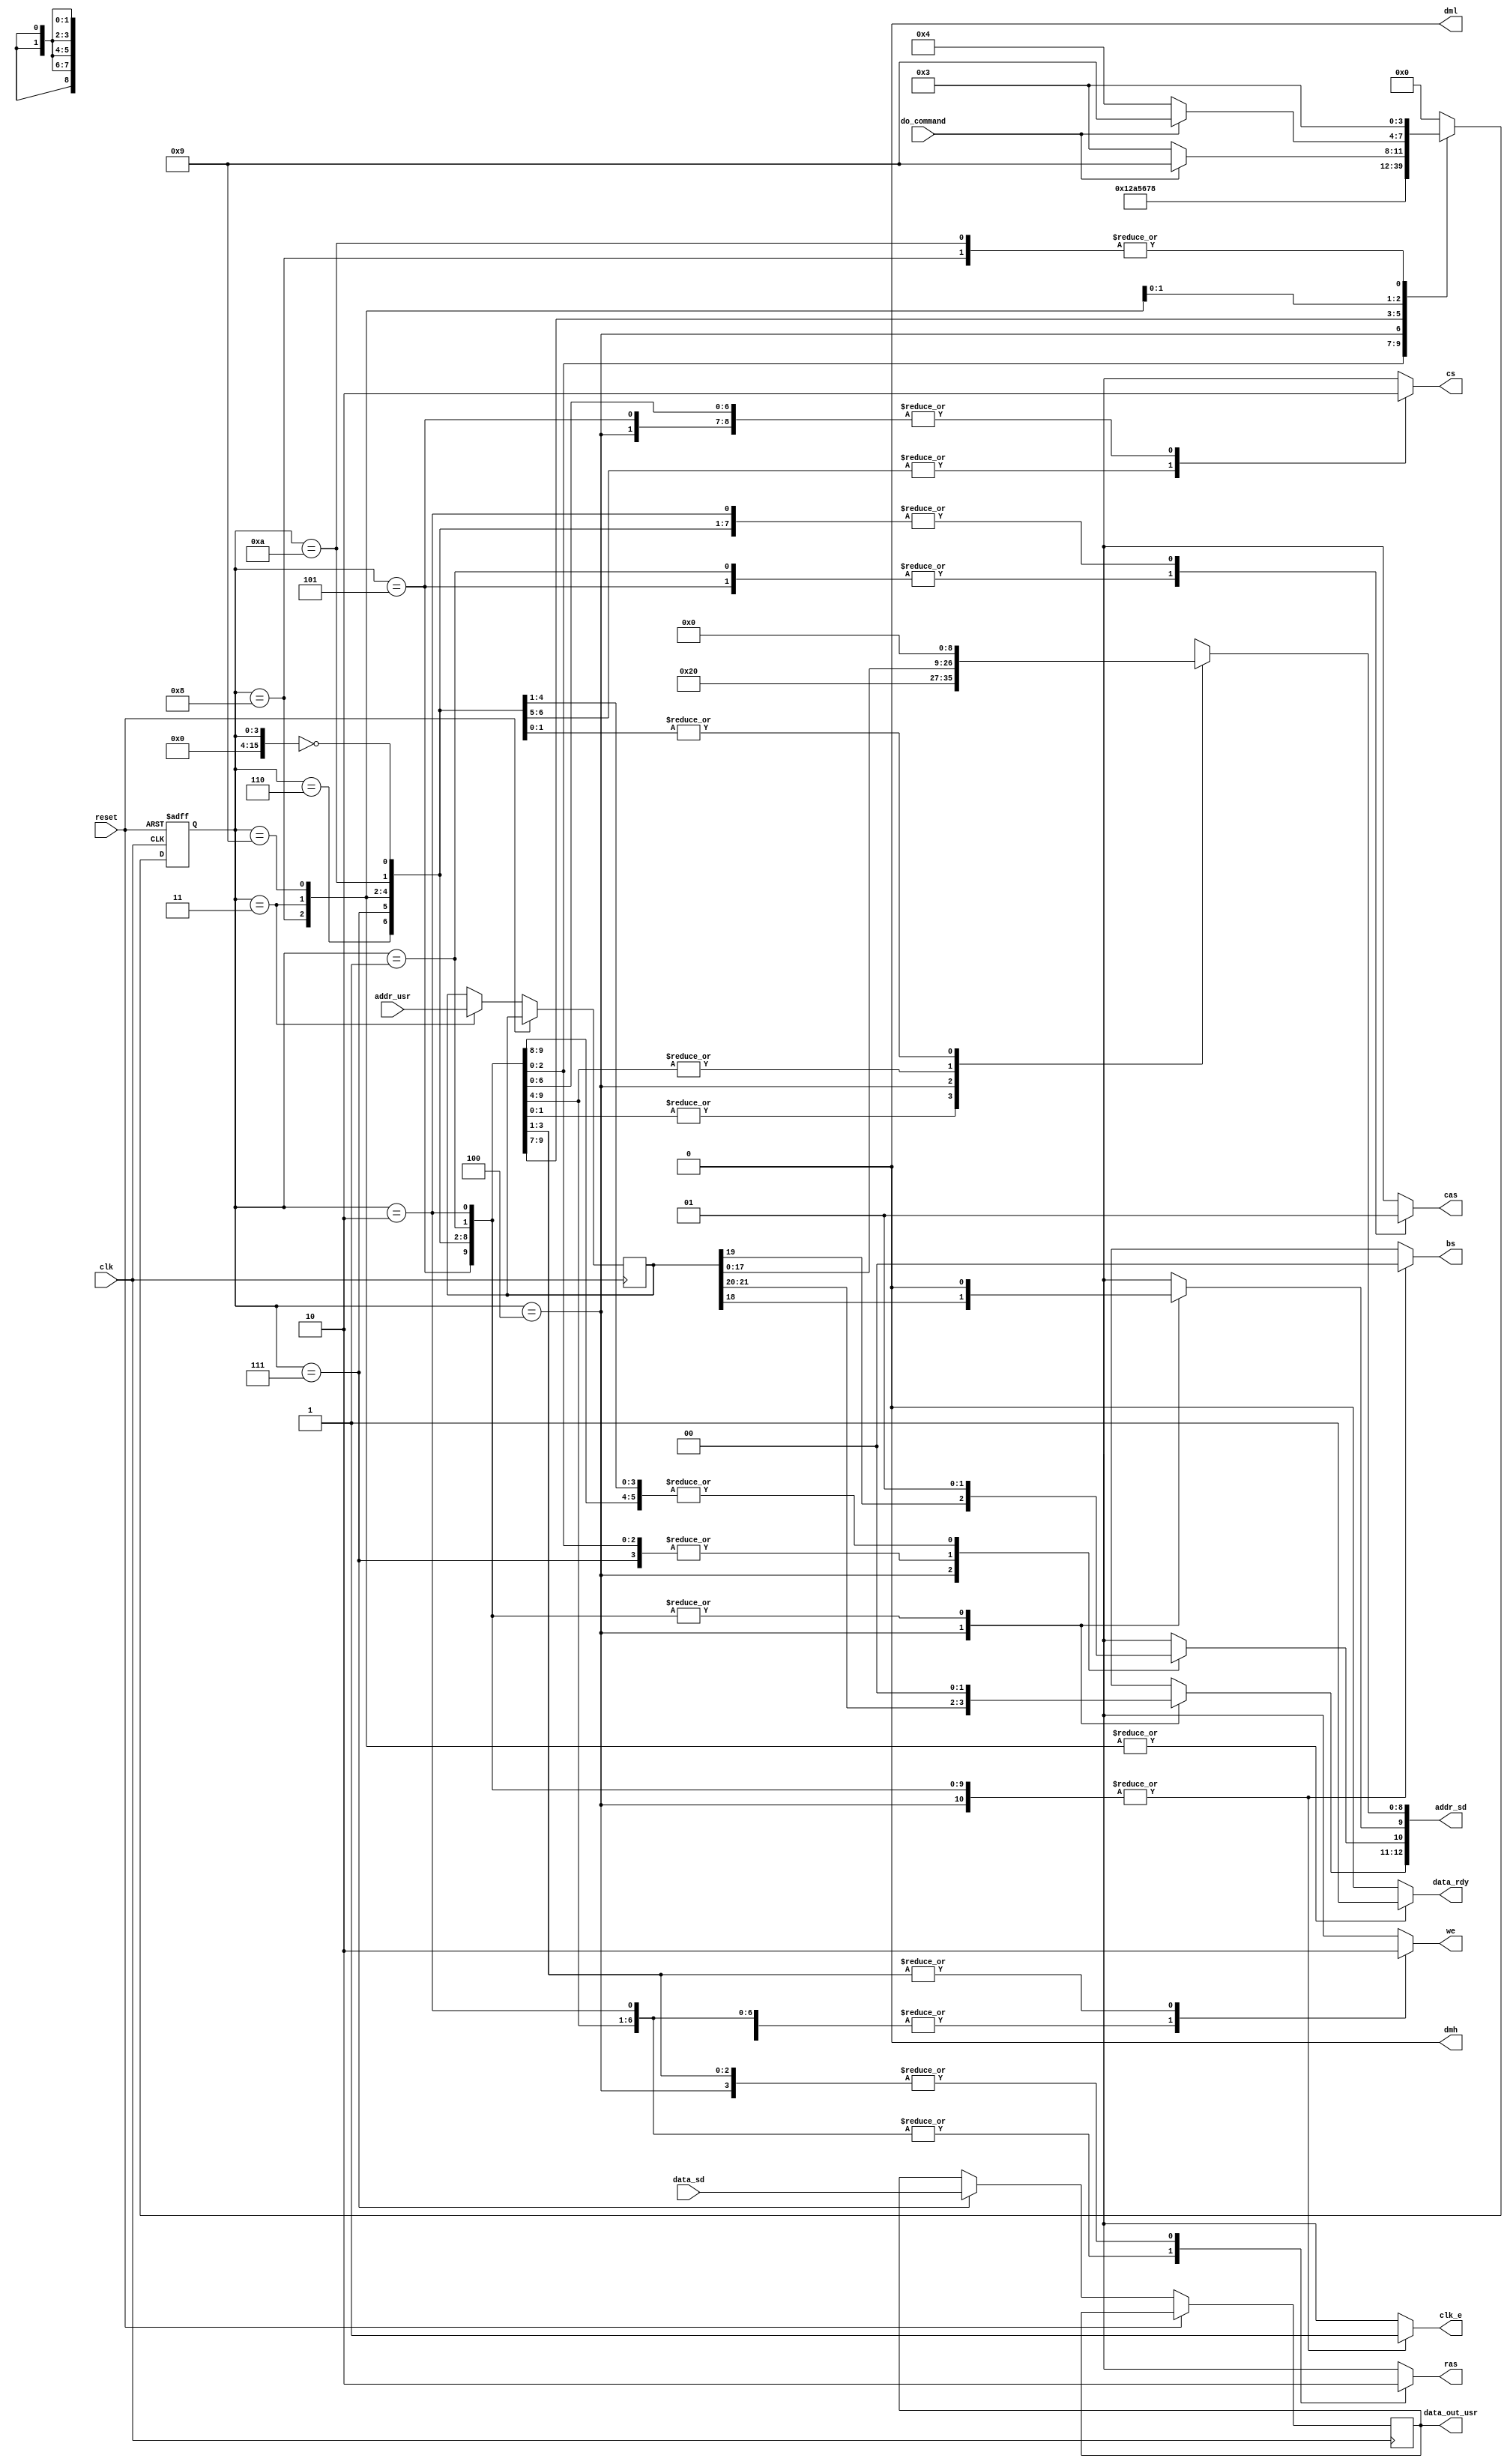
`timescale 1ns / 1ps
//////////////////////////////////////////////////////////////////////////////////
// Company: 
// Engineer: 
// 
// Design Name: 
// Module Name:    sdram_controller 
// Project Name: 
// Target Devices: 
// Tool versions: 
// Description: 
//
// Dependencies: 
//
// Revision: 
// Revision 0.01 - File Created
// Additional Comments: 
//
//////////////////////////////////////////////////////////////////////////////////
module sdram_controller(
		input clk, reset,
		output reg clk_e,
		output reg cs, ras, cas, we,
		output dml, dmh,
		output reg [1:0] bs,
		output reg [12:0] addr_sd,
		input [15:0] data_sd,
		
		input [21:0] addr_usr,
		output reg [15:0] data_out_usr,
		output reg data_rdy,
		input do_command
    );
	assign dml = 0;
	assign dmh = 0;
	 
	parameter RESET=0;
	parameter SET_MODEREG_1 = 1;
	parameter SET_MODEREG_2 = 2;
	parameter IDLE = 3;
	parameter ACTIVATE = 4;
	parameter READ_AUTO_PC_1 = 5;
	parameter READ_AUTO_PC_2 = 6;
	parameter READ_AUTO_PC_3 = 7;
	parameter AUTO_PRECHARGE = 8;
	parameter IDLE2 = 9;
	parameter PRECHARGE = 10;

	 
	 reg [15:0] state;
	 	 reg [21:0] addr_latch;
		 
	initial begin 
		state <= RESET;
		addr_latch <= 0;
		data_out_usr <= 0;
	end

	 always @ (posedge clk or posedge reset) begin
	 
		if (reset) begin
			state <= RESET;
		end else begin
			case(state)
				RESET: state <= SET_MODEREG_1;
				SET_MODEREG_1: state <= SET_MODEREG_2;
				SET_MODEREG_2: state <= PRECHARGE;
				ACTIVATE: begin 
					state <= READ_AUTO_PC_1;
				end
				READ_AUTO_PC_1: state <= READ_AUTO_PC_2; 
				READ_AUTO_PC_2: state <= READ_AUTO_PC_3; 
				READ_AUTO_PC_3: begin 
					state <= AUTO_PRECHARGE;
					data_out_usr <= data_sd;
				end//data is ready
				AUTO_PRECHARGE: state <= IDLE; //precharging
				IDLE: begin 
					state <= do_command ? IDLE2: IDLE; // start again
					addr_latch <= addr_usr;
				end
				IDLE2: state <= do_command ? IDLE2: ACTIVATE; // start again
				
				PRECHARGE: state <= IDLE;
				
			default: state <= RESET;
			endcase
		end
	 end
	 
	 
	 always @ (state or addr_latch) begin
		case (state)
			RESET:
				begin
					cs <= 0;
					ras <= 0;
					cas <= 1;
					we <= 0;
					addr_sd[10] <= 0;
					addr_sd[9:0] <= 0;
					addr_sd[12:11] <= 0;
					bs <= 2'b0;
					clk_e <= 1;
					data_rdy <= 0;
				end
			SET_MODEREG_1: 
				begin
					cs <= 0;
					ras <= 0;
					cas <= 0;
					we <= 0;
					addr_sd <= {3'b0, 1'b0, 1'b0, 1'b0, 3'b010, 1'b0, 3'b0}; //cas latency = 2
					bs <= 2'b0;
					clk_e <= 1;
					data_rdy <= 0;
				end
			SET_MODEREG_2: 
				begin
					cs <= 0;
					// don't care about below things, just leave them as is because lazy
					ras <= 1;
					cas <= 1;
					we <= 1;
					addr_sd <= {3'b0, 1'b0, 1'b0, 1'b0, 3'b010, 1'b0, 3'b0}; //cas latency = 2
					bs <= 2'b0;
					clk_e <= 1;
					data_rdy <= 0;
				end
			ACTIVATE:
				begin
					cs <= 0;
					ras <= 0;
					cas <= 1;
					we <= 1;
					addr_sd[12:0] <= addr_latch[21:9];
					addr_latch <= addr_latch;
					bs <= 2'b0;
					clk_e <= 1;
					data_rdy <= 0;
				end
			READ_AUTO_PC_1:
				begin
					cs <= 0;
					ras <= 1;
					cas <= 0;
					we <= 1;
					addr_sd[8:0] <= addr_latch[8:0];
					addr_sd[10] <= 1;
					addr_sd[9] <= 0;
					addr_sd[12:11] <= 0;
					bs <= 2'b0;
					clk_e <= 1;
					data_rdy <= 0;
				end
			READ_AUTO_PC_2:
				begin
					cs <= 1;
					ras <= 1;
					cas <= 1;
					we <= 1;
					addr_sd[8:0] <= addr_latch[8:0];
					addr_sd[10] <= 1;
					addr_sd[9] <= 0;
					addr_sd[12:11] <= 0;
					bs <= 2'b0;
					clk_e <= 1;
					data_rdy <= 0;
				end
			READ_AUTO_PC_3:
				begin
					cs <= 1;
					ras <= 1;
					cas <= 1;
					we <= 1;
					addr_sd[8:0] <= addr_latch[8:0];
					addr_sd[10] <= 1;
					addr_sd[9] <= 0;
					addr_sd[12:11] <= 0;
					bs <= 2'b0;
					clk_e <= 1;
					data_rdy <= 0;
					addr_sd[9] <= 0;
					addr_sd[12:10] <= 0;
				end
			AUTO_PRECHARGE:
				begin
					cs <= 0;
					ras <= 1;
					cas <= 1;
					we <= 1;
					addr_sd[8:0] <= addr_latch[8:0];
					addr_sd[10] <= 1;
					addr_sd[9] <= 0;
					addr_sd[12:11] <= 0;
					bs <= 2'b0;
					clk_e <= 1;
					data_rdy <= 1;
				end
			IDLE:
				begin
					cs <= 0;
					ras <= 1;
					cas <= 1;
					we <= 1;
					addr_sd[8:0] <= addr_latch[8:0];
					addr_sd[10] <= 1;
					addr_sd[9] <= 0;
					addr_sd[12:11] <= 0;
					bs <= 2'b0;
					clk_e <= 1;
					data_rdy <= 1;
				end
			IDLE2: //waiting for uart to latch in data
				begin
					cs <= 0;
					ras <= 1;
					cas <= 1;
					we <= 1;
					addr_sd[8:0] <= addr_latch[8:0];
					addr_sd[10] <= 1;
					addr_sd[9] <= 0;
					addr_sd[12:11] <= 0;
					bs <= 2'b0;
					clk_e <= 1;
					data_rdy <= 1;
				end
			PRECHARGE:
				begin
					cs <= 0;
					ras <= 0;
					cas <= 1;
					we <= 0;
					addr_sd[10] <= 1;
					addr_sd[9:0] <= 0;
					addr_sd[12:11] <= 0;
					bs <= 0;
					clk_e <= 1;
					data_rdy <= 0;
				end
			default:
				begin
					cs <= 1'bx;
					ras <= 1'bx;
					cas <= 1'bx;
					we <= 1'bx;
					addr_sd <= 13'bxxxxxxxxxxxxx;
					bs <= 2'bxx;
					clk_e <= 1'bx;
					data_rdy <= 1'b0;
				end
		endcase
	 end
	 


endmodule